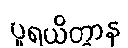
ပူရယိတွာန